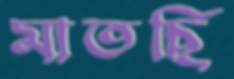
মাতছি